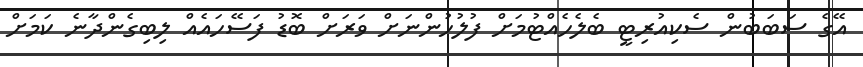
އޭގެ ސަބަބުން ސެކިއުރިޓީ ބެލެހެއްޓުމަށް ފުލުހުންނަށް ވަރަށް ބޮޑު ފަސޭހައެއް ލިބިގެންދާނެ ކަމަށް